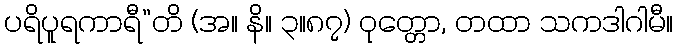
ပရိပူရကာရီ”တိ (အ။ နိ။ ၃။၈၇) ဝုတ္တော, တထာ သကဒါဂါမီ။